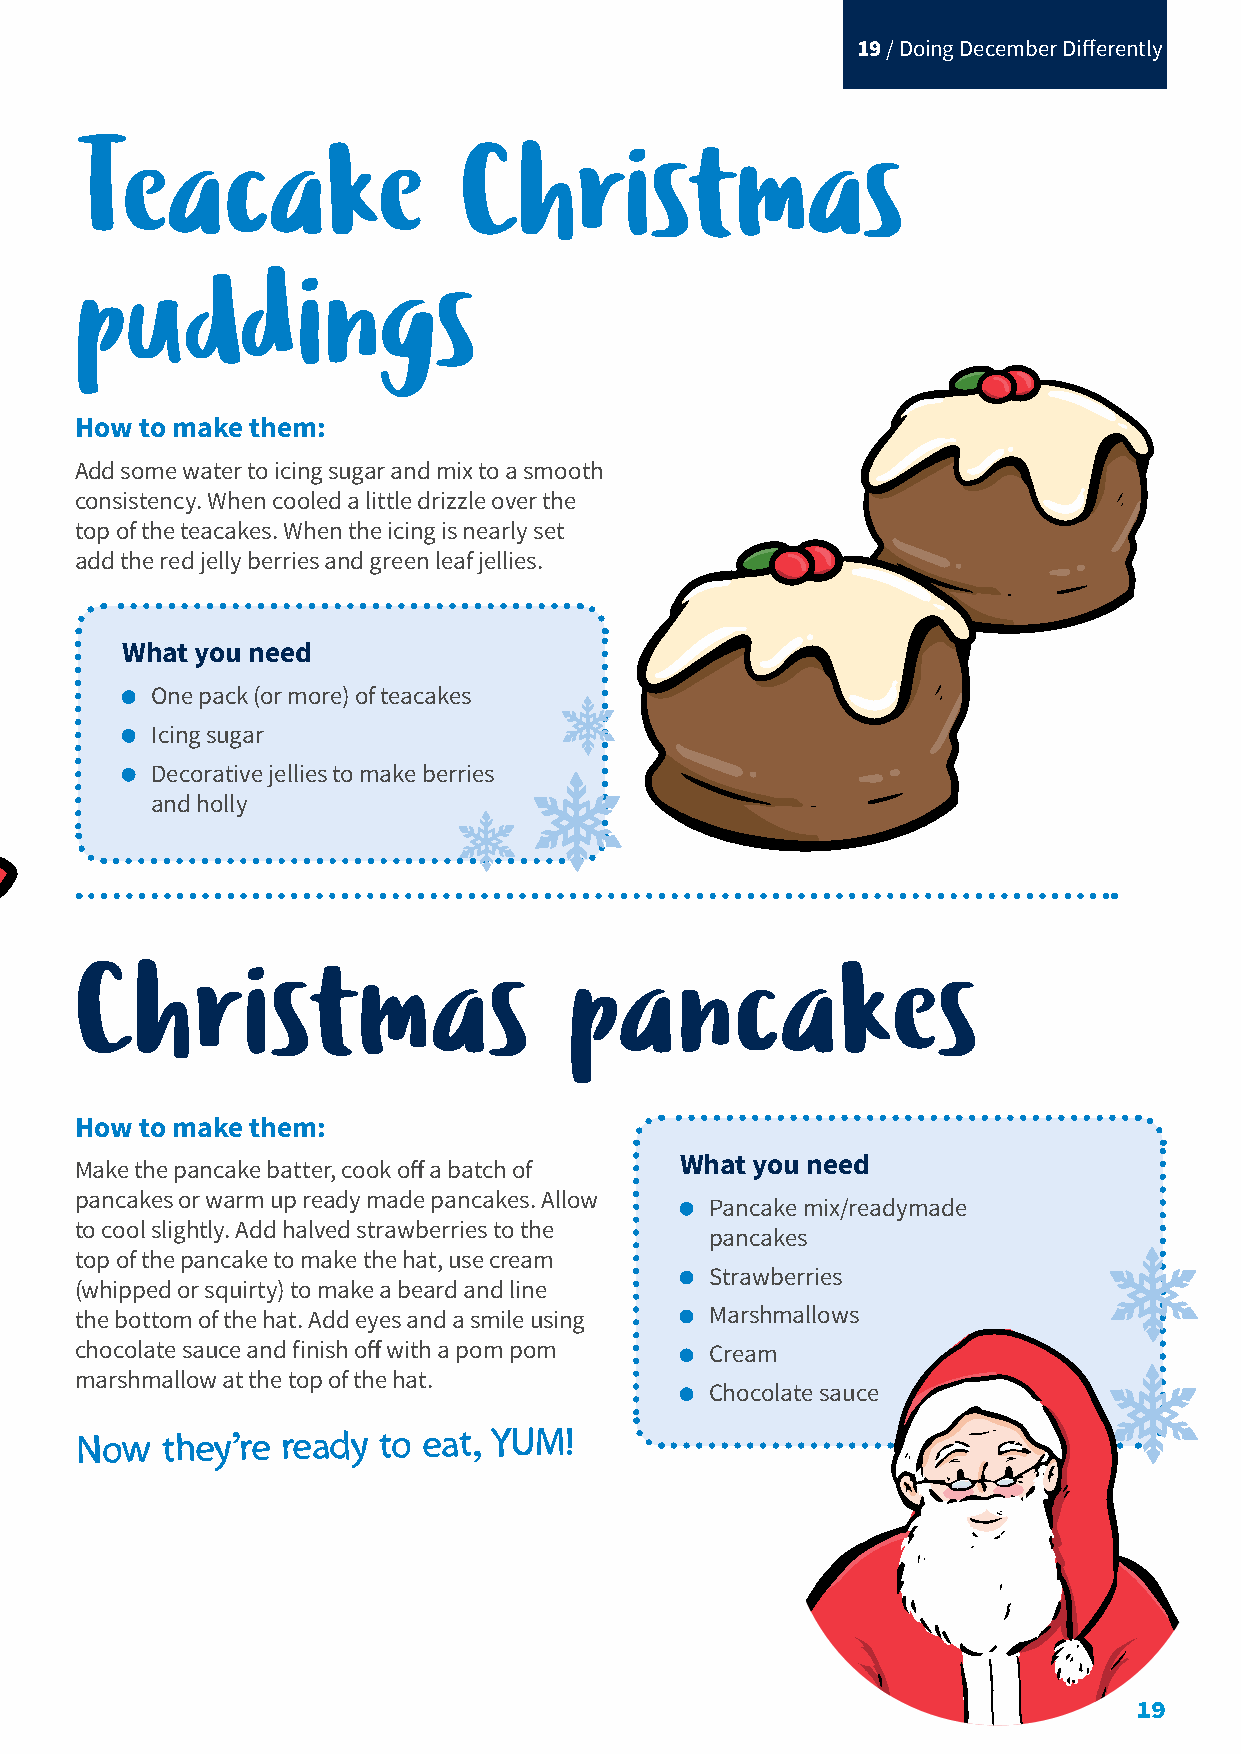
19 / Doing December Differently
 Teacake                  Christmas
 puddings
 How to make them:
 Add some water to icing sugar and mix to a smooth
 consistency. When cooled a little drizzle over the
 top of the teacakes. When the icing is nearly set
 add the red jelly berries and green leaf jellies.
 What you need
 One pack (or more) of teacakes
 Icing sugar
 Decorative jellies to make berries
 and holly
 Christmas                        pancakes
 How to make them:
 Make the pancake batter, cook off a batch of What you need
 pancakes or warm up ready made pancakes. Allow
 Pancake mix/readymade
 to cool slightly. Add halved strawberries to the
 pancakes
 top of the pancake to make the hat, use cream
 Strawberries
 (whipped or squirty) to make a beard and line
 the bottom of the hat. Add eyes and a smile using Marshmallows
 chocolate sauce and finish off with a pom pom Cream
 marshmallow at the top of the hat.
 Chocolate sauce
 Now   they’re ready to eat, YUM!
 19